Supplement to the account of plague administration in the Bombay Presidency from September 1896 till May 1897
Year: 1896
Disease focus: Plague
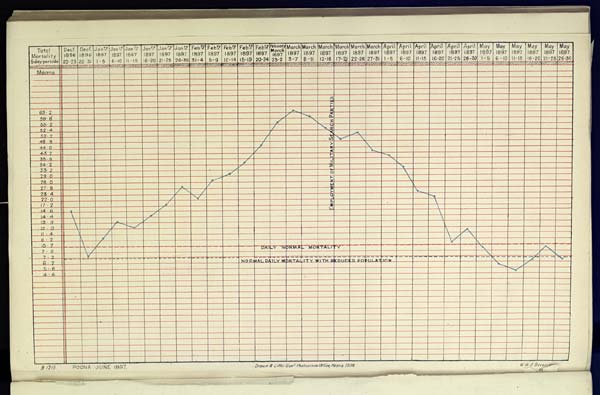
B 1215. POONA JUNE 1897. Drawn & Litho:Govt. Photozinco, Office, Poona 1898
W.W.O. Beveridge